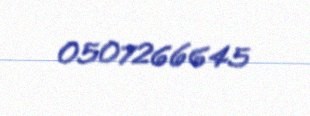
0507266645